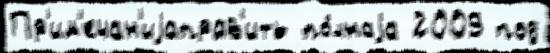
Пр'им'ечан'иjаправ'ить по́лнаjа 2009 под